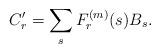
LaTeX: \begin{align*}C'_r=\sum_sF^{(m)}_r(s)B_s.\end{align*}